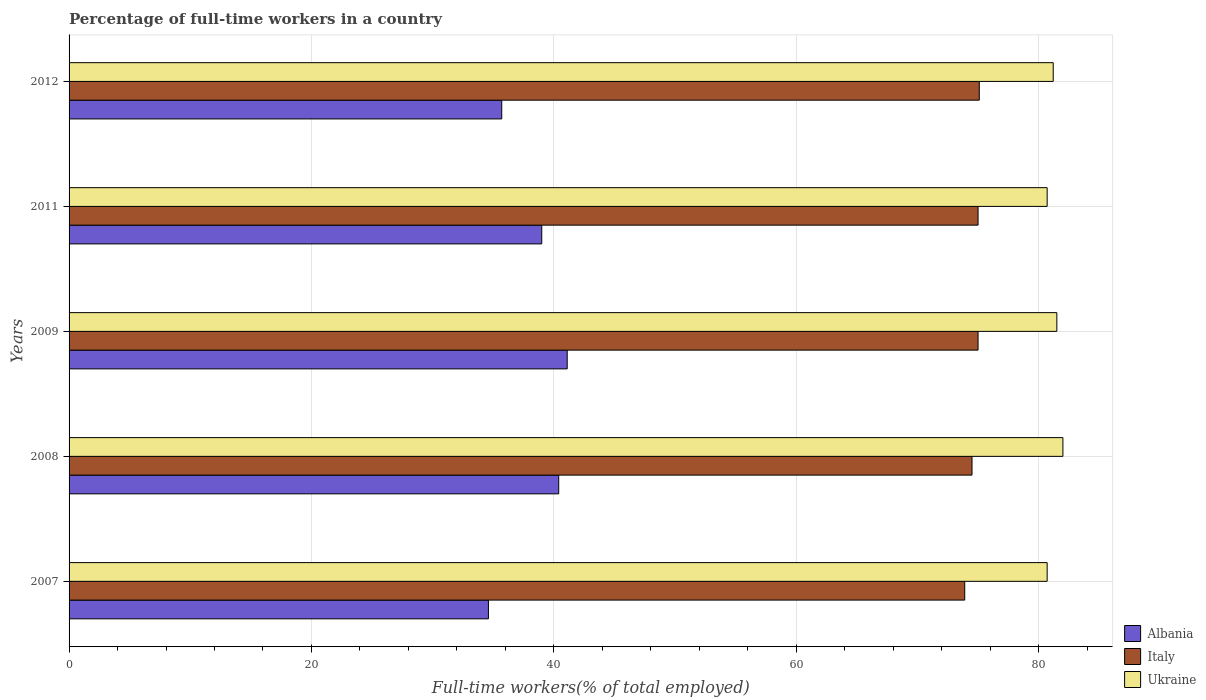
| Years | Albania | Italy | Ukraine |
 | --- | --- | --- | --- |
 | 2007 | 34.6 | 73.9 | 80.7 |
 | 2008 | 40.4 | 74.5 | 82 |
 | 2009 | 41.1 | 75 | 81.5 |
 | 2011 | 39 | 75 | 80.7 |
 | 2012 | 35.7 | 75.1 | 81.2 |